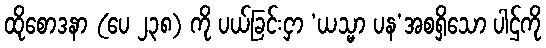
ထိုစောဒနာ (ပေ ၂၃၈) ကို ပယ်ခြင်းငှာ ‘ယသ္မာ ပန’အစရှိသော ပါဌ်ကို